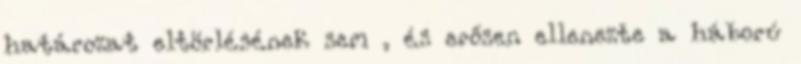
határozat eltörlésének sem , és erősen ellenezte a háború